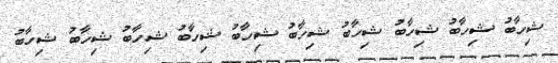
ޝިހާބު ޝިހާބު ޝިހާބު ޝިހާބު ޝިހާބު ޝިހާބު ޝިހާބު ޝިހާބު ޝިހާބު ޝިހާބު